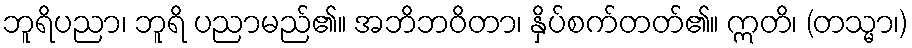
ဘူရိပညာ၊ ဘူရိ ပညာမည်၏။ အဘိဘဝိတာ၊ နှိပ်စက်တတ်၏။ ဣတိ၊ (တသ္မာ၊)